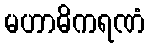
မဟာဓိကရဏံ